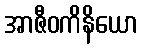
အာဇီဝကိနိယော